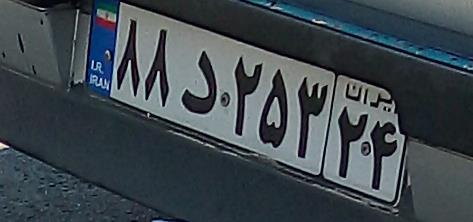
۸۸د۲۵۳۲۴